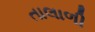
તાલાળી